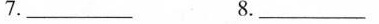
7._________8._________